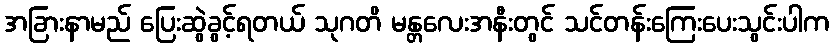
အခြားနာမည် ပြေးဆွဲခွင့်ရတယ် သုဂတိ မန္တလေးအနီးတွင် သင်တန်းကြေးပေးသွင်းပါက